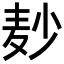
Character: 𪎊